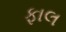
ફાલ